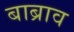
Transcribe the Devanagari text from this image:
बाब्राव